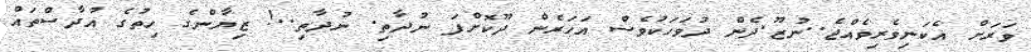
ވަރަށް އެކަނިވެރިވެއްޖެ..ނުޒޫ.ދެން ދުވަހަކުވެސް އަހަރެން ދޫކޮށްފަ ނުދާތި. ނުދާތި..! ޒިޔާންގެ ހިތުގެ އުދާސްތައް